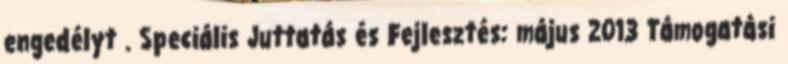
engedélyt . Speciális Juttatás és Fejlesztés: május 2013 Támogatási